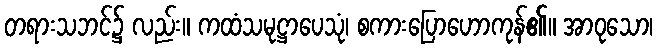
တရားသဘင်၌ လည်း။ ကထံသမုဋ္ဌာပေသုံ၊ စကားပြောဟောကုန်၏။ အာဝုသော၊